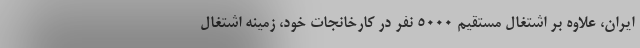
ایران، علاوه بر اشتغال مستقیم 5۰۰۰ نفر در کارخانجات خود، زمینه اشتغال